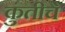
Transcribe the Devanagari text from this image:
कुंतीचे